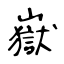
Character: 嶽